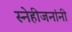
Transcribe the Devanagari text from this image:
स्नेहीजनांनी